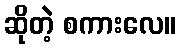
ဆိုတဲ့ စကားလေ။